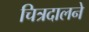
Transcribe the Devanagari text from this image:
चित्रदालने